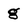
Character: g